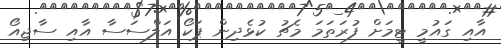
އާއި ގައުމީ ޓީމަށް ފުރަތަމަ މެޗު ކުޅެދިން ޕަކޯ އަލްސަސާ އާއި ސާޖިއޯ